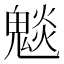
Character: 𮫣